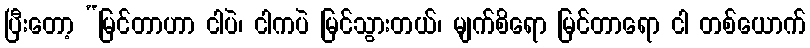
ပြီးတော့ “မြင်တာဟာ ငါပဲ၊ ငါကပဲ မြင်သွားတယ်၊ မျက်စိရော မြင်တာရော ငါ တစ်ယောက်